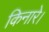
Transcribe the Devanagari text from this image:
किनारे।